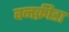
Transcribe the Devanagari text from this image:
वनक्रीडा